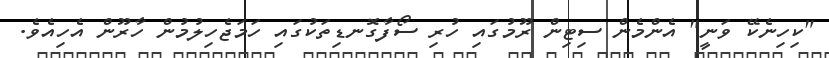
"ކިހިނެކޭ ވަނީ" އެންމެން ސިޓިން ރޫމުގައި ހުރި ސޯފާގޮނޑިތަކުގައި ހަމަޖެހިލުމުން ހާރޫން އެހިއެވެ.